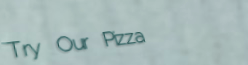
Try Our Pizza